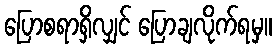
ပြောစရာရှိလျှင် ပြောချလိုက်ရမှ။